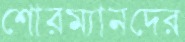
শোরম্যানদের